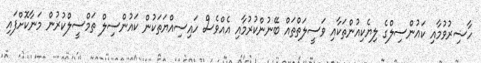
ހާޟިރުވުމާއި ކައުންސިލްގެ ލިޔެކިއުންތަކާއި ވަސީލަތްތައް ބޭނުންކުރުމާއި އެއްވެސް ހައިސިއްޔަތަކުން ކައުންސިލް ތަމްސީލްކުރުން މަނާކޮށްފައި